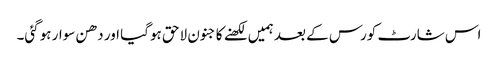
اس شارٹ کورس کے بعد ہمیں لکھنے کا جنون لاحق ہوگیا اور دھن سوار ہوگئی۔